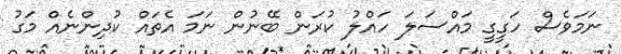
ނަމަވެސް ހަގީގީ މައްސަލަ ހައްލު ކުރަން ބޭނުން ނަމަ އެތައް ކުދިންނެއް މަގު